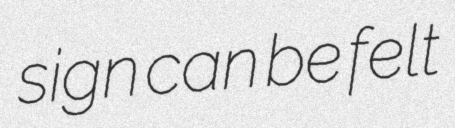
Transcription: sign can be felt